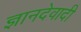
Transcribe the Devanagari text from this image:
ज्ञानदेवादी